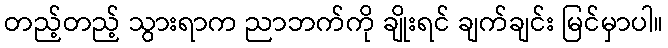
တည့်တည့် သွားရာက ညာဘက်ကို ချိုးရင် ချက်ချင်း မြင်မှာပါ။